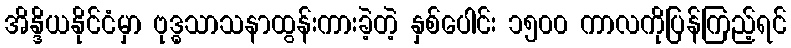
အိန္ဒိယနိုင်ငံမှာ ဗုဒ္ဓသာသနာထွန်းကားခဲ့တဲ့ နှစ်ပေါင်း ၁၅၀၀ ကာလကိုပြန်ကြည့်ရင်